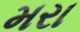
મરા